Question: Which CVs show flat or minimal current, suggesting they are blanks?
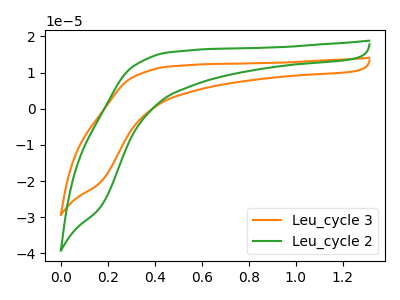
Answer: <think>The orange curve "Leu_cycle 3" has no peaks. The green curve "Leu_cycle 2" has no peaks.</think>
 <answer>"Leu_cycle 3" and "Leu_cycle 2" are likely to be blanks.</answer>
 <eval>"Leu_cycle 3", "Leu_cycle 2"</eval>